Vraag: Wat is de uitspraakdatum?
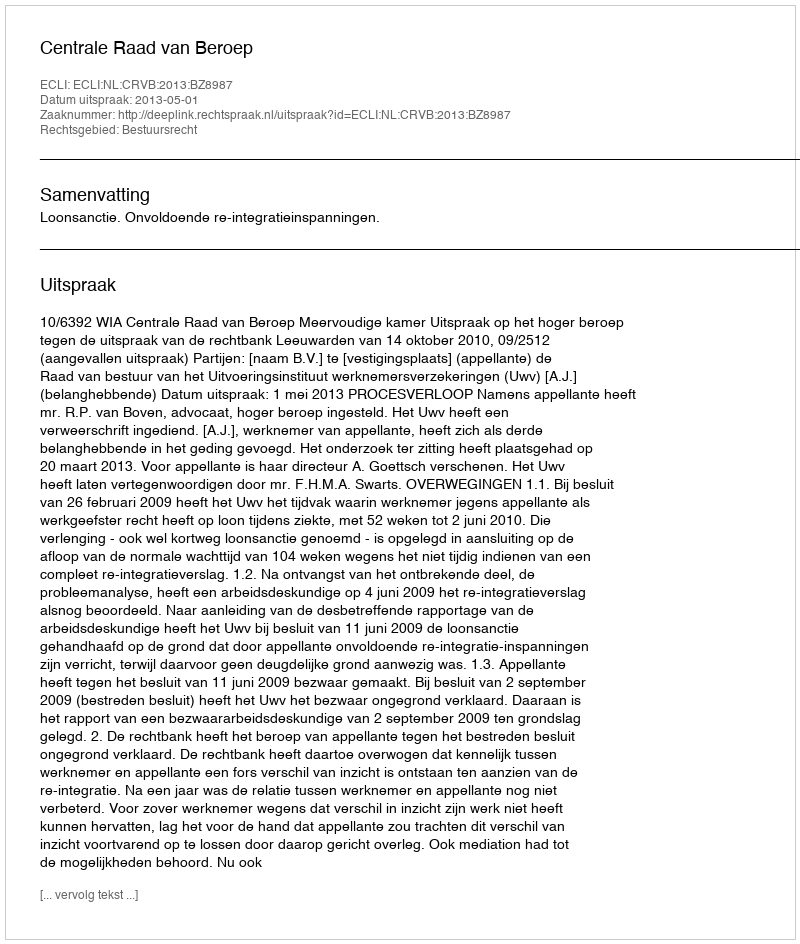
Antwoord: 2013-05-01